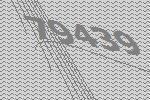
79439